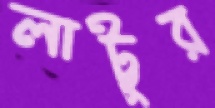
লাট্টুর